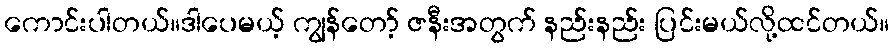
ကောင်းပါတယ်။ဒါပေမယ့် ကျွန်တော့် ဇနီးအတွက် နည်းနည်း ပြင်းမယ်လို့ထင်တယ်။